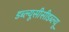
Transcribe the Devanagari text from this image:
डब्ल्यूसीसीडब्ल्यू